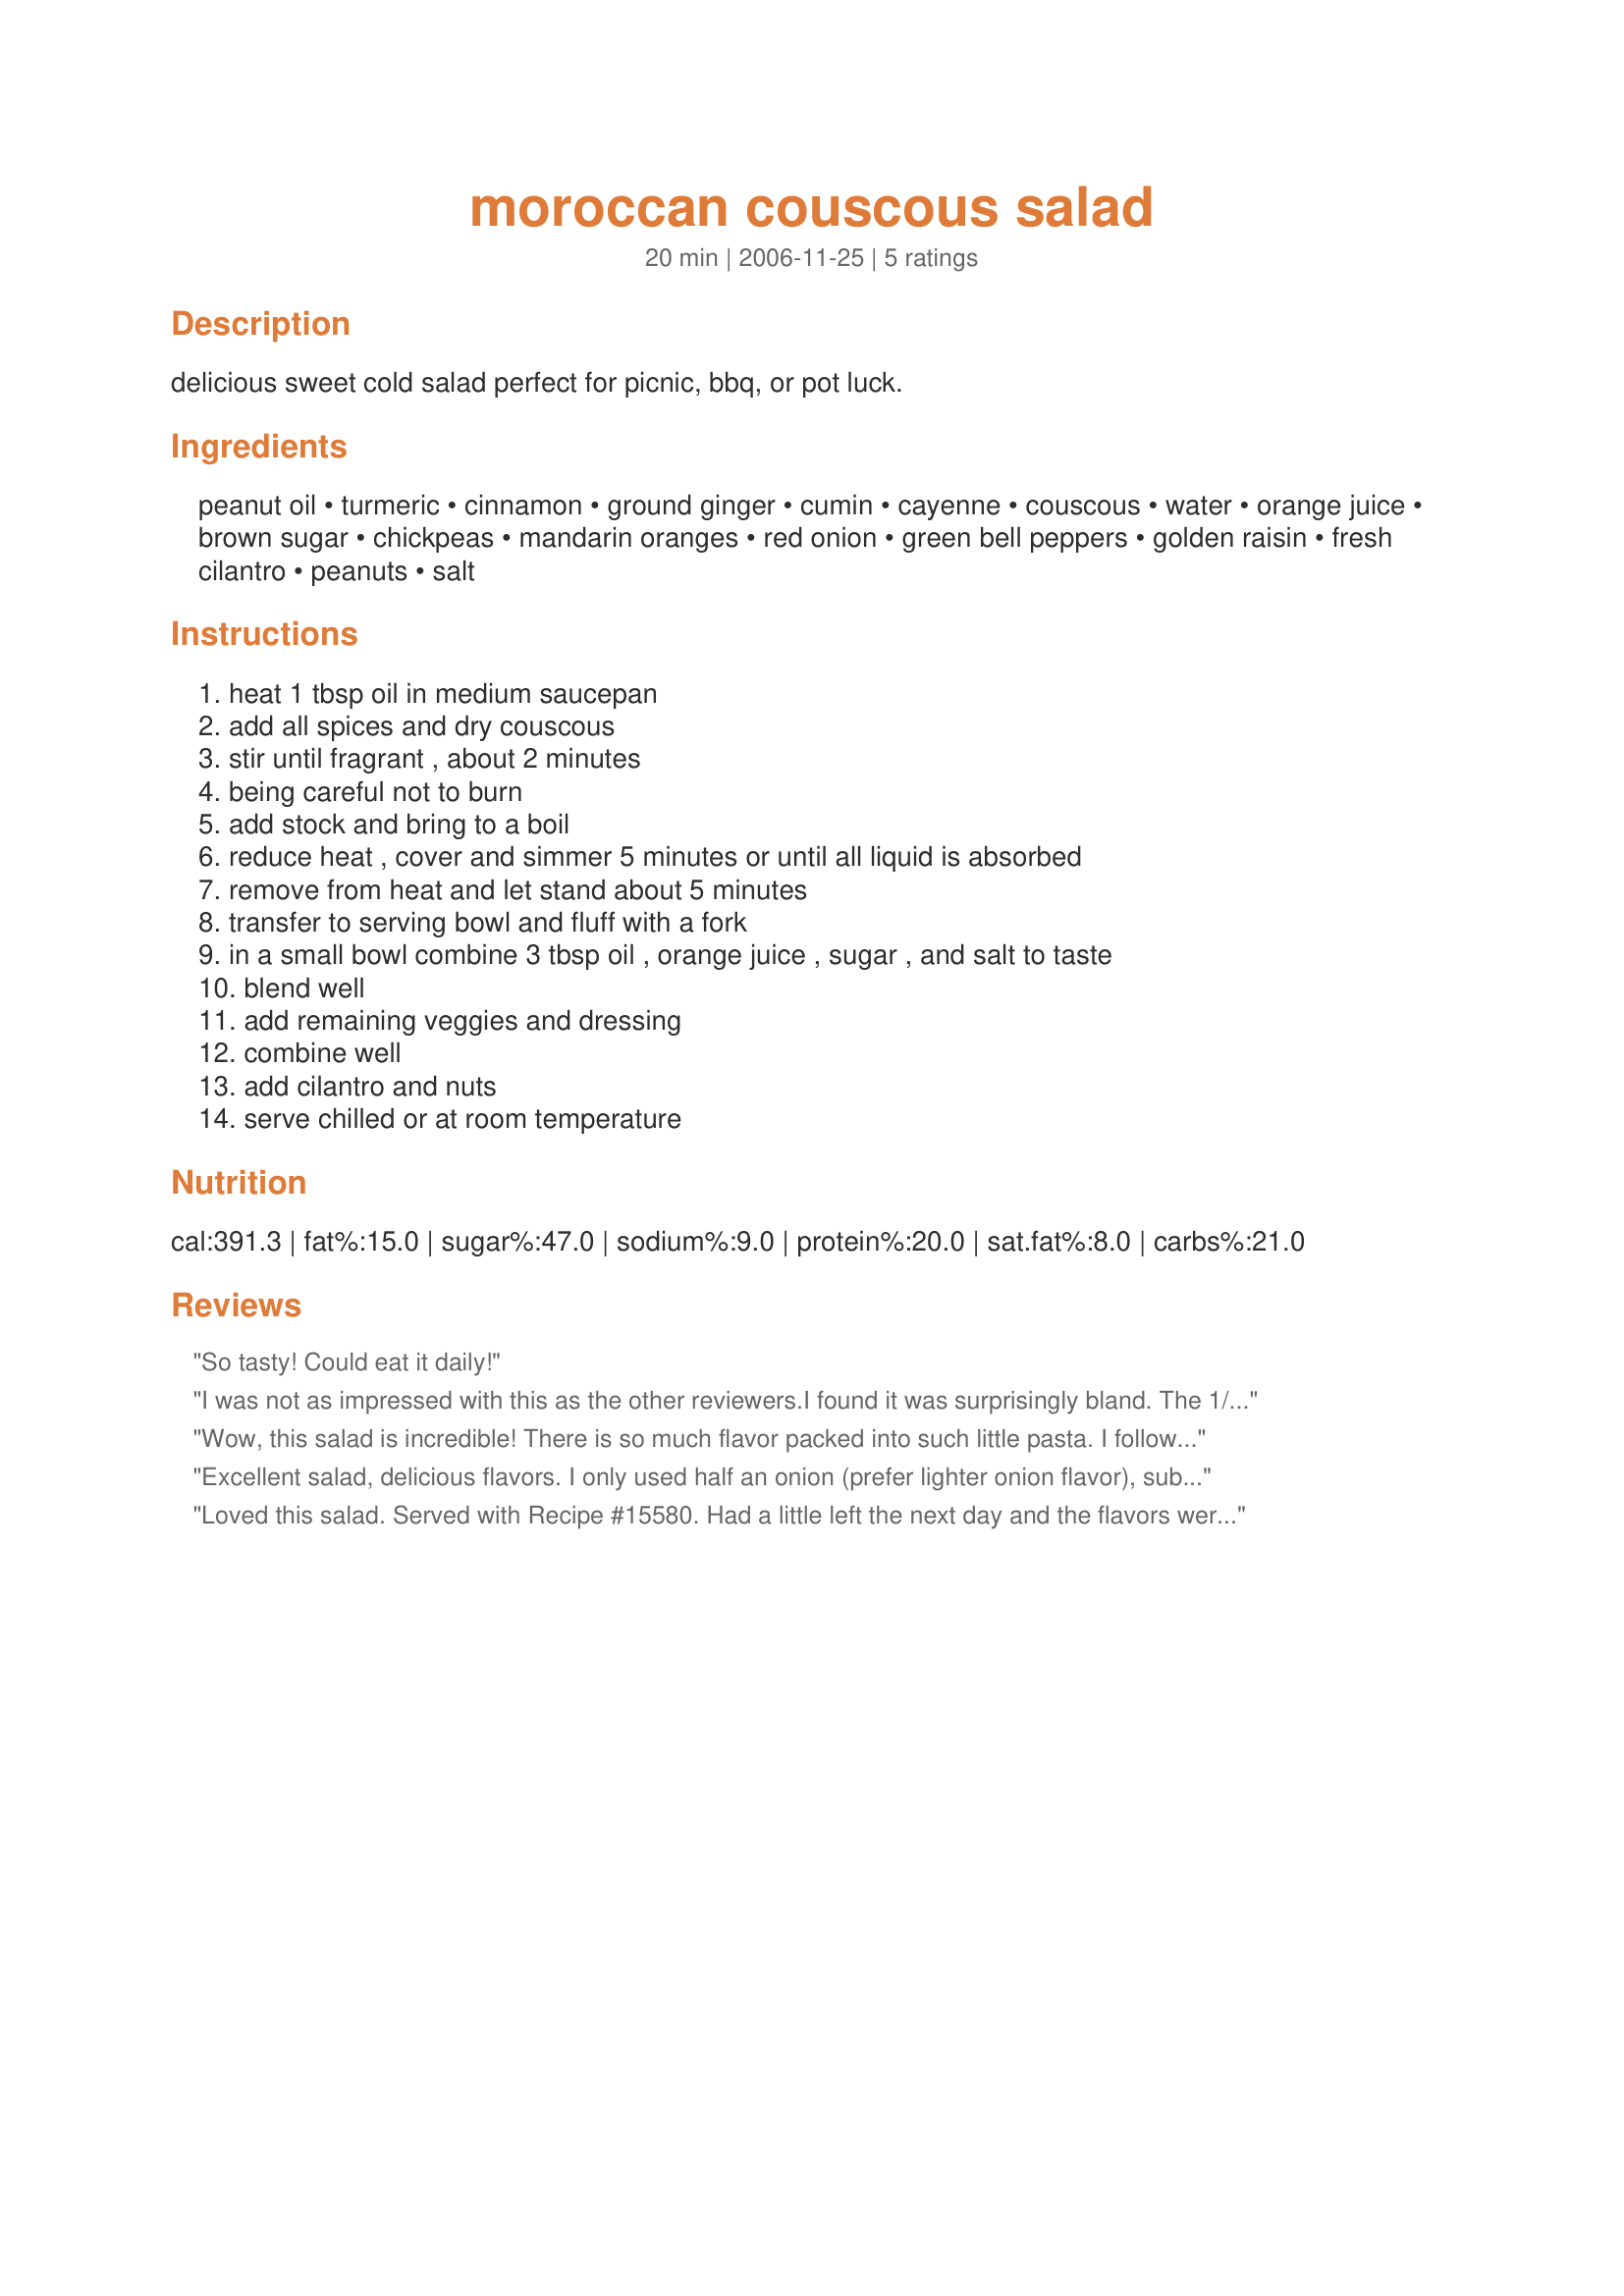
moroccan couscous salad
Preparation time: 20 minutes

delicious sweet cold salad perfect for picnic, bbq, or pot luck.

Ingredients:
peanut oil, turmeric, cinnamon, ground ginger, cumin, cayenne, couscous, water, orange juice, brown sugar, chickpeas, mandarin oranges, red onion, green bell peppers, golden raisin, fresh cilantro, peanuts, salt

Steps:
heat 1 tbsp oil in medium saucepan, add all spices and dry couscous, stir until fragrant , about 2 minutes, being careful not to burn, add stock and bring to a boil, reduce heat , cover and simmer 5 minutes or until all liquid is absorbed, remove from heat and let stand about 5 minutes, transfer to serving bowl and fluff with a fork, in a small bowl combine 3 tbsp oil , orange juice , sugar , and salt to taste, blend well, add remaining veggies and dressing, combine well, add cilantro and nuts, serve chilled or at room temperature

Reviews:
So tasty! Could eat it daily!
I was not as impressed with this as the other reviewers.<br/><br/>I found it was surprisingly bland. The 1/4 tsp of the various spices really didn't cut it for such a big salad. If i make it again, I will seriously up the spices.
Wow, this salad is incredible! There is so much flavor packed into such little pasta. I followed the recipe exactly other than omitting the optional nuts, and I loved the way all of the ingredients came together. I was worried that it would be overpoweringly sweet, but it ended up being a perfect blend between sweet, savory, and spicy. The spice mix is wonderful and smells divine while toasting. This will definitely be a favorite of mine from now on. Thanks for the lovely recipe!
Excellent salad, delicious flavors. I only used half an onion (prefer lighter onion flavor), subbed pine nuts for peanuts, and tossed in some crumbled feta, because I had some to use up in the fridge. Very lovely dish.
Loved this salad. Served with Recipe #15580. Had a little left the next day and the flavors were even better. I didn't have chickpeas and made with fresh clementines.
